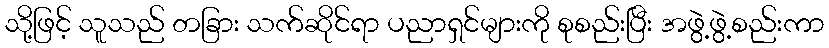
သို့ဖြင့် သူသည် တခြား သက်ဆိုင်ရာ ပညာရှင်များကို စုစည်းပြီး အဖွဲ့ဖွဲ့စည်းကာ